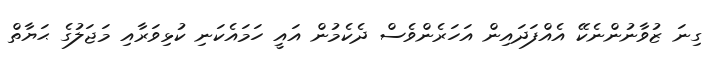
ގިނަ ޒުވާނުންނެކޭ އެއްފަދައިން އަހަރެންވެސް ދެކެމުން އައީ ހަމައެކަނި ކުޅިވަރާއި މަޖަލުގެ ޙަޔާތް